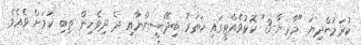
ކުރަމުންދިޔަ "މާރިޔާ-3" ކޮޅުވެއްޓީގައި ހަތަރު ބިދޭސީންނާއި ދެ ދިވެހިން ތިބި ކަމަށް ވެއެވެ.